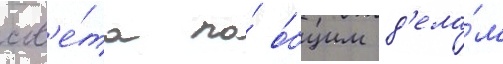
сов'е́та по́ о́бщим д'ела́м